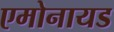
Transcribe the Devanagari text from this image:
एमोनायड